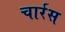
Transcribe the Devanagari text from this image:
चार्रस